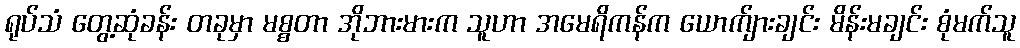
ရုပ်သံ တွေ့ဆုံခန်း တခုမှာ မစ္စတာ အိုဘားမားက သူဟာ အမေရိကန်က ယောက်ျားချင်း မိန်းမချင်း စုံမက်သူ